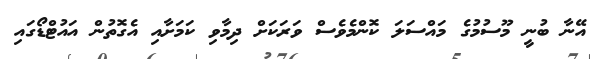
އޭނާ ބުނީ މޫސުމުގެ މައްސަލަ ކޮންމެވެސް ވަރަކަށް ދިމާވި ކަމަށާއި އެގޮތުން އައުޓްޑޯގައި